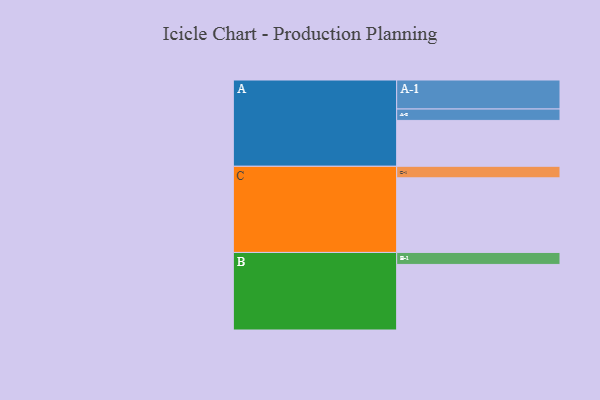
{"axis": {"x": "Segment", "y": "Value"}, "legend": ["", "A", "B", "C"], "data": [{"x": "A", "y": 310, "type": ""}, {"x": "B", "y": 443, "type": ""}, {"x": "C", "y": 504, "type": ""}, {"x": "A-1", "y": 196, "type": "A"}, {"x": "A-2", "y": 77, "type": "A"}, {"x": "B-1", "y": 81, "type": "B"}, {"x": "C-1", "y": 78, "type": "C"}]}